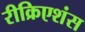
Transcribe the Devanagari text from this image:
रीक्रिएशंस